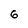
Character: 6